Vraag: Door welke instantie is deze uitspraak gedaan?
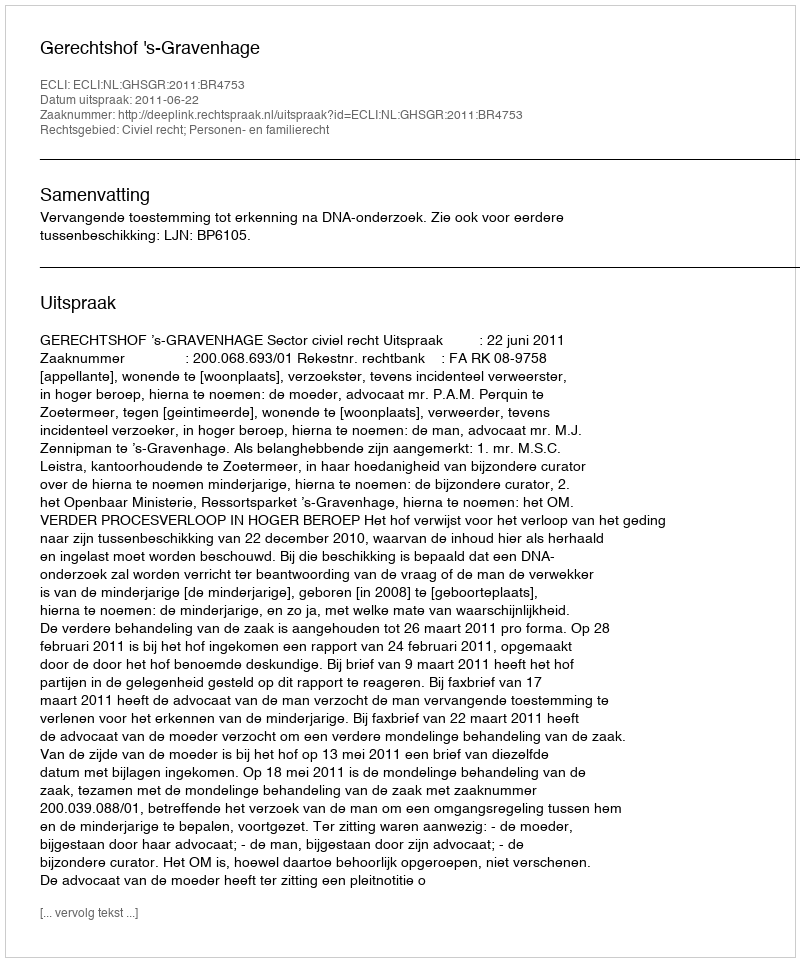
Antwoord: Gerechtshof 's-Gravenhage